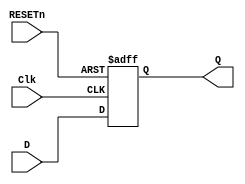
//ttl_74174.v
// Hex D flip-flop with reset; positive-edge-triggered
`default_nettype none
`timescale 1ns/1ns

module ttl_74174 #(parameter DELAY_RISE = 20, DELAY_FALL = 21)
(input wire Clk,
  input wire RESETn,
  input wire [5:0] D,
  output wire [5:0] Q
);
    //------------------------------------------------//
    reg [5:0] Q_current; // = 6'h00;

    //initial Q_current = 6'h00; //supposition
    always @(posedge Clk or negedge RESETn)
    begin
        if (!RESETn)
        Q_current <= 6'h00;
        else
        begin
        Q_current <= D;
        end
    end
    //------------------------------------------------//
    assign #(DELAY_RISE, DELAY_FALL) Q = Q_current;
endmodule